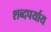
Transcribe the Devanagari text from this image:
शब्दपर्याय